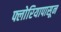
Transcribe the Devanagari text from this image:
फ्लोरियापासून